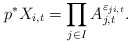
\begin{align*}p^* X_{i,t} = \prod_{j\in I} A_{j,t} ^{\varepsilon_{ji,t}}.\end{align*}